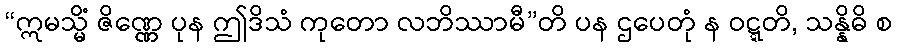
“ဣမသ္မိံ ဇိဏ္ဏေ ပုန ဤဒိသံ ကုတော လဘိဿာမီ”တိ ပန ဌပေတုံ န ဝဋ္ဋတိ, သန္နိဓိ စ